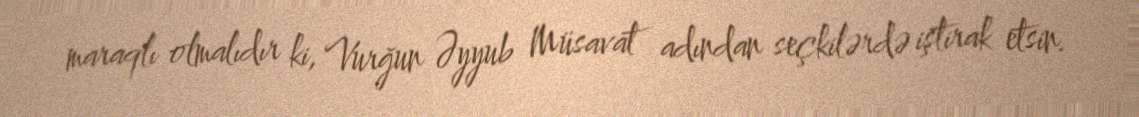
maraqlı olmalıdır ki, Vurğun Əyyub Müsavat adından seçkilərdə iştirak etsin.